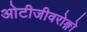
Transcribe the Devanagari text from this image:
ओटीजीवरोङ्गो